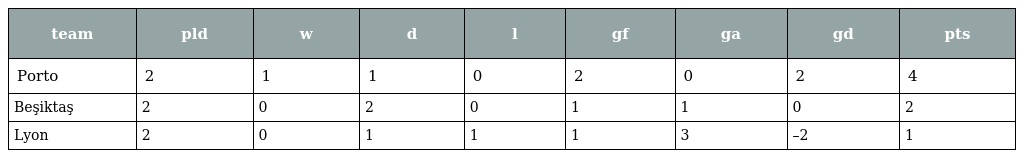
| team | pld | w | d | l | gf | ga | gd | pts |
 | --- | --- | --- | --- | --- | --- | --- | --- | --- |
 | Porto | 2 | 1 | 1 | 0 | 2 | 0 | 2 | 4 |
 | Beşiktaş | 2 | 0 | 2 | 0 | 1 | 1 | 0 | 2 |
 | Lyon | 2 | 0 | 1 | 1 | 1 | 3 | –2 | 1 |